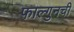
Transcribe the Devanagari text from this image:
फाल्गुनची